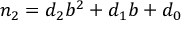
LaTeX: n _ { 2 } = d _ { 2 } b ^ { 2 } + d _ { 1 } b + d _ { 0 }